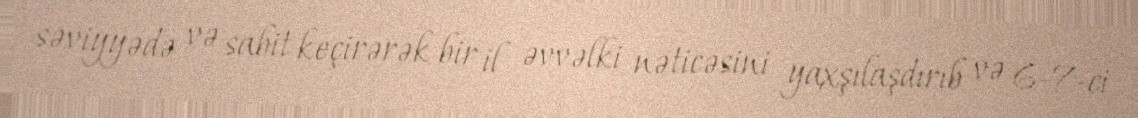
səviyyədə və sabit keçirərək bir il əvvəlki nəticəsini yaxşılaşdırıb və 6-7-ci